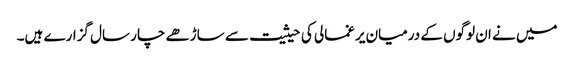
میں نے ان لوگوں کے درمیان یرغمالی کی حیثیت سے ساڑھے چار سال گزارے ہیں۔